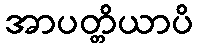
အာပတ္တိယာပိ